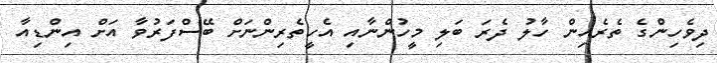
ދިވެހިންގެ ތެރެއިން ހާލު ދެރަ ބަލި މީހުންނާއި އެހީތެރިންނަށް ބޭސްފަރުވާ އަށް އިންޑިއާ